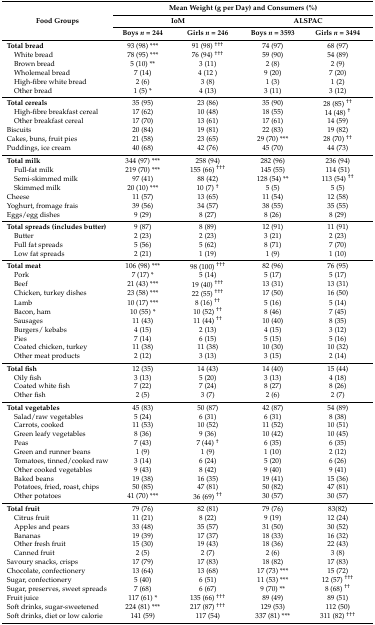
<table><thead><tr><td rowspan="3"><b>Food Groups</b></td><td colspan="4"><b>Mean Weight (g per Day) and Consumers (%)</b></td></tr><tr><td colspan="2"><b>IoM</b></td><td colspan="2"><b>ALSPAC</b></td></tr><tr><td><b>Boys <i>n</i> = 244</b></td><td><b>Girls <i>n</i> = 246</b></td><td><b>Boys <i>n</i> = 3593</b></td><td><b>Girls <i>n</i> = 3494</b></td></tr></thead><tbody><tr><td><b>Total bread</b></td><td>93 (98) ***</td><td>91 (98) <sup>†††</sup></td><td>74 (97)</td><td>68 (97)</td></tr><tr><td> White bread</td><td>78 (95) ***</td><td>76 (94) <sup>†††</sup></td><td>59 (90)</td><td>54 (89)</td></tr><tr><td> Brown bread</td><td>5 (10) **</td><td>3 (11)</td><td>2 (8)</td><td>2 (9)</td></tr><tr><td> Wholemeal bread</td><td>7 (14)</td><td>4 (12 )</td><td>9 (20)</td><td>7 (20)</td></tr><tr><td> High-fibre white bread</td><td>2 (6)</td><td>3 (8)</td><td>1 (3)</td><td>1 (2)</td></tr><tr><td> Other bread</td><td>1 (5) *</td><td>4 (13)</td><td>3 (11)</td><td>3 (12)</td></tr><tr><td><b>Total cereals</b></td><td>35 (95)</td><td>23 (86)</td><td>35 (90)</td><td>28 (85) <sup>††</sup></td></tr><tr><td> High-fibre breakfast cereal</td><td>17 (62)</td><td>10 (48)</td><td>18 (55)</td><td>14 (48) <sup>†</sup></td></tr><tr><td> Other breakfast cereal</td><td>17 (70)</td><td>13 (61)</td><td>17 (61)</td><td>14 (59)</td></tr><tr><td>Biscuits</td><td>20 (84)</td><td>19 (81)</td><td>22 (83)</td><td>19 (82)</td></tr><tr><td>Cakes, buns, fruit pies</td><td>21 (58)</td><td>23 (65)</td><td>29 (70) ***</td><td>28 (70) <sup>††</sup></td></tr><tr><td>Puddings, ice cream</td><td>40 (68)</td><td>42 (76)</td><td>45 (70)</td><td>44 (73)</td></tr><tr><td><b>Total milk</b></td><td>344 (97) ***</td><td>258 (94)</td><td>282 (96)</td><td>236 (94)</td></tr><tr><td> Full-fat milk</td><td>219 (70) ***</td><td>155 (66) <sup>†††</sup></td><td>145 (55)</td><td>114 (51)</td></tr><tr><td> Semi-skimmed milk</td><td>97 (41)</td><td>88 (42)</td><td>128 (54) **</td><td>113 (54) <sup>††</sup></td></tr><tr><td> Skimmed milk</td><td>20 (10) ***</td><td>10 (7) <sup>†</sup></td><td>5 (5)</td><td>5 (5)</td></tr><tr><td>Cheese</td><td>11 (57)</td><td>13 (65)</td><td>11 (54)</td><td>12 (58)</td></tr><tr><td>Yoghurt, fromage frais</td><td>39 (56)</td><td>34 (57)</td><td>38 (55)</td><td>35 (55)</td></tr><tr><td>Eggs/egg dishes</td><td>9 (29)</td><td>8 (27)</td><td>8 (26)</td><td>8 (29)</td></tr><tr><td><b>Total spreads (includes butter)</b></td><td>9 (87)</td><td>8 (89)</td><td>12 (91)</td><td>11 (91)</td></tr><tr><td> Butter</td><td>2 (23)</td><td>2 (23)</td><td>3 (21)</td><td>2 (23)</td></tr><tr><td> Full fat spreads</td><td>5 (56)</td><td>5 (62)</td><td>8 (71)</td><td>7 (70)</td></tr><tr><td> Low fat spreads</td><td>2 (21)</td><td>1 (19)</td><td>1 (9)</td><td>1 (10)</td></tr><tr><td><b>Total meat</b></td><td>106 (98) ***</td><td>98 (100) <sup>†††</sup></td><td>82 (96)</td><td>76 (95)</td></tr><tr><td> Pork</td><td>7 (17) *</td><td>5 (14)</td><td>5 (17)</td><td>5 (17)</td></tr><tr><td> Beef</td><td>21 (43) ***</td><td>19 (40) <sup>†††</sup></td><td>13 (31)</td><td>13 (31)</td></tr><tr><td> Chicken, turkey dishes</td><td>23 (58) ***</td><td>22 (55) <sup>†††</sup></td><td>17 (50)</td><td>16 (50)</td></tr><tr><td> Lamb</td><td>10 (17) ***</td><td>8 (16) <sup>††</sup></td><td>5 (16)</td><td>5 (14)</td></tr><tr><td> Bacon, ham</td><td>10 (55) *</td><td>10 (52) <sup>††</sup></td><td>8 (46)</td><td>7 (45)</td></tr><tr><td> Sausages</td><td>11 (43)</td><td>11 (44) <sup>††</sup></td><td>10 (40)</td><td>8 (35)</td></tr><tr><td> Burgers/ kebabs</td><td>4 (15)</td><td>2 (13)</td><td>4 (15)</td><td>3 (12)</td></tr><tr><td> Pies</td><td>7 (14)</td><td>6 (15)</td><td>5 (15)</td><td>5 (16)</td></tr><tr><td> Coated chicken, turkey</td><td>11 (38)</td><td>11 (38)</td><td>10 (30)</td><td>10 (32)</td></tr><tr><td> Other meat products</td><td>2 (12)</td><td>3 (13)</td><td>3 (15)</td><td>2 (14)</td></tr><tr><td><b>Total fish</b></td><td>12 (35)</td><td>14 (43)</td><td>14 (40)</td><td>15 (44)</td></tr><tr><td> Oily fish</td><td>3 (13)</td><td>5 (20)</td><td>3 (13)</td><td>4 (18)</td></tr><tr><td> Coated white fish</td><td>7 (22)</td><td>7 (24)</td><td>8 (27)</td><td>8 (26)</td></tr><tr><td> Other fish</td><td>2 (5)</td><td>3 (7)</td><td>2 (6)</td><td>2 (7)</td></tr><tr><td><b>Total vegetables</b></td><td>45 (83)</td><td>50 (87)</td><td>42 (87)</td><td>54 (89)</td></tr><tr><td> Salad/raw vegetables</td><td>5 (24)</td><td>6 (31)</td><td>6 (31)</td><td>8 (38)</td></tr><tr><td> Carrots, cooked</td><td>11 (53)</td><td>10 (52)</td><td>11 (52)</td><td>10 (51)</td></tr><tr><td> Green leafy vegetables</td><td>8 (36)</td><td>9 (36)</td><td>10 (42)</td><td>10 (45)</td></tr><tr><td> Peas</td><td>7 (43)</td><td>7 (44) <sup>†</sup></td><td>6 (35)</td><td>6 (35)</td></tr><tr><td> Green and runner beans</td><td>1 (9)</td><td>1 (9)</td><td>1 (10)</td><td>2 (12)</td></tr><tr><td> Tomatoes, tinned/cooked raw</td><td>3 (14)</td><td>6 (24)</td><td>5 (20)</td><td>6 (26)</td></tr><tr><td> Other cooked vegetables</td><td>9 (43)</td><td>8 (42)</td><td>9 (40)</td><td>9 (41)</td></tr><tr><td> Baked beans</td><td>19 (38)</td><td>16 (35)</td><td>19 (41)</td><td>15 (36)</td></tr><tr><td> Potatoes, fried, roast, chips</td><td>50 (85)</td><td>47 (81)</td><td>50 (82)</td><td>47 (81)</td></tr><tr><td> Other potatoes</td><td>41 (70) ***</td><td>36 (69) <sup>††</sup></td><td>30 (57)</td><td>30 (57)</td></tr><tr><td><b>Total fruit</b></td><td>79 (76)</td><td>82 (81)</td><td>79 (76)</td><td>83(82)</td></tr><tr><td> Citrus fruit</td><td>11 (21)</td><td>8 (22)</td><td>9 (19)</td><td>12 (24)</td></tr><tr><td> Apples and pears</td><td>33 (48)</td><td>35 (57)</td><td>31 (50)</td><td>30 (52)</td></tr><tr><td> Bananas</td><td>19 (39)</td><td>17 (37)</td><td>18 (33)</td><td>16 (32)</td></tr><tr><td> Other fresh fruit</td><td>15 (30)</td><td>19 (43)</td><td>18 (36)</td><td>22 (43)</td></tr><tr><td> Canned fruit</td><td>2 (5)</td><td>2 (7)</td><td>2 (6)</td><td>3 (8)</td></tr><tr><td>Savoury snacks, crisps</td><td>17 (79)</td><td>17 (83)</td><td>18 (82)</td><td>17 (83)</td></tr><tr><td>Chocolate, confectionery</td><td>13 (64)</td><td>13 (68)</td><td>17 (73) ***</td><td>15 (72)</td></tr><tr><td>Sugar, confectionery</td><td>5 (40)</td><td>6 (51)</td><td>11 (53) ***</td><td>12 (57) <sup>†††</sup></td></tr><tr><td>Sugar, preserves, sweet spreads</td><td>7 (68)</td><td>6 (67)</td><td>9 (70) **</td><td>8 (68) <sup>††</sup></td></tr><tr><td>Fruit juice</td><td>117 (61) *</td><td>135 (66) <sup>†††</sup></td><td>89 (49)</td><td>89 (51)</td></tr><tr><td>Soft drinks, sugar-sweetened</td><td>224 (81) ***</td><td>217 (87) <sup>†††</sup></td><td>129 (53)</td><td>112 (50)</td></tr><tr><td>Soft drinks, diet or low calorie</td><td>141 (59)</td><td>117 (54)</td><td>337 (81) ***</td><td>311 (82) <sup>†††</sup></td></tr></tbody></table>